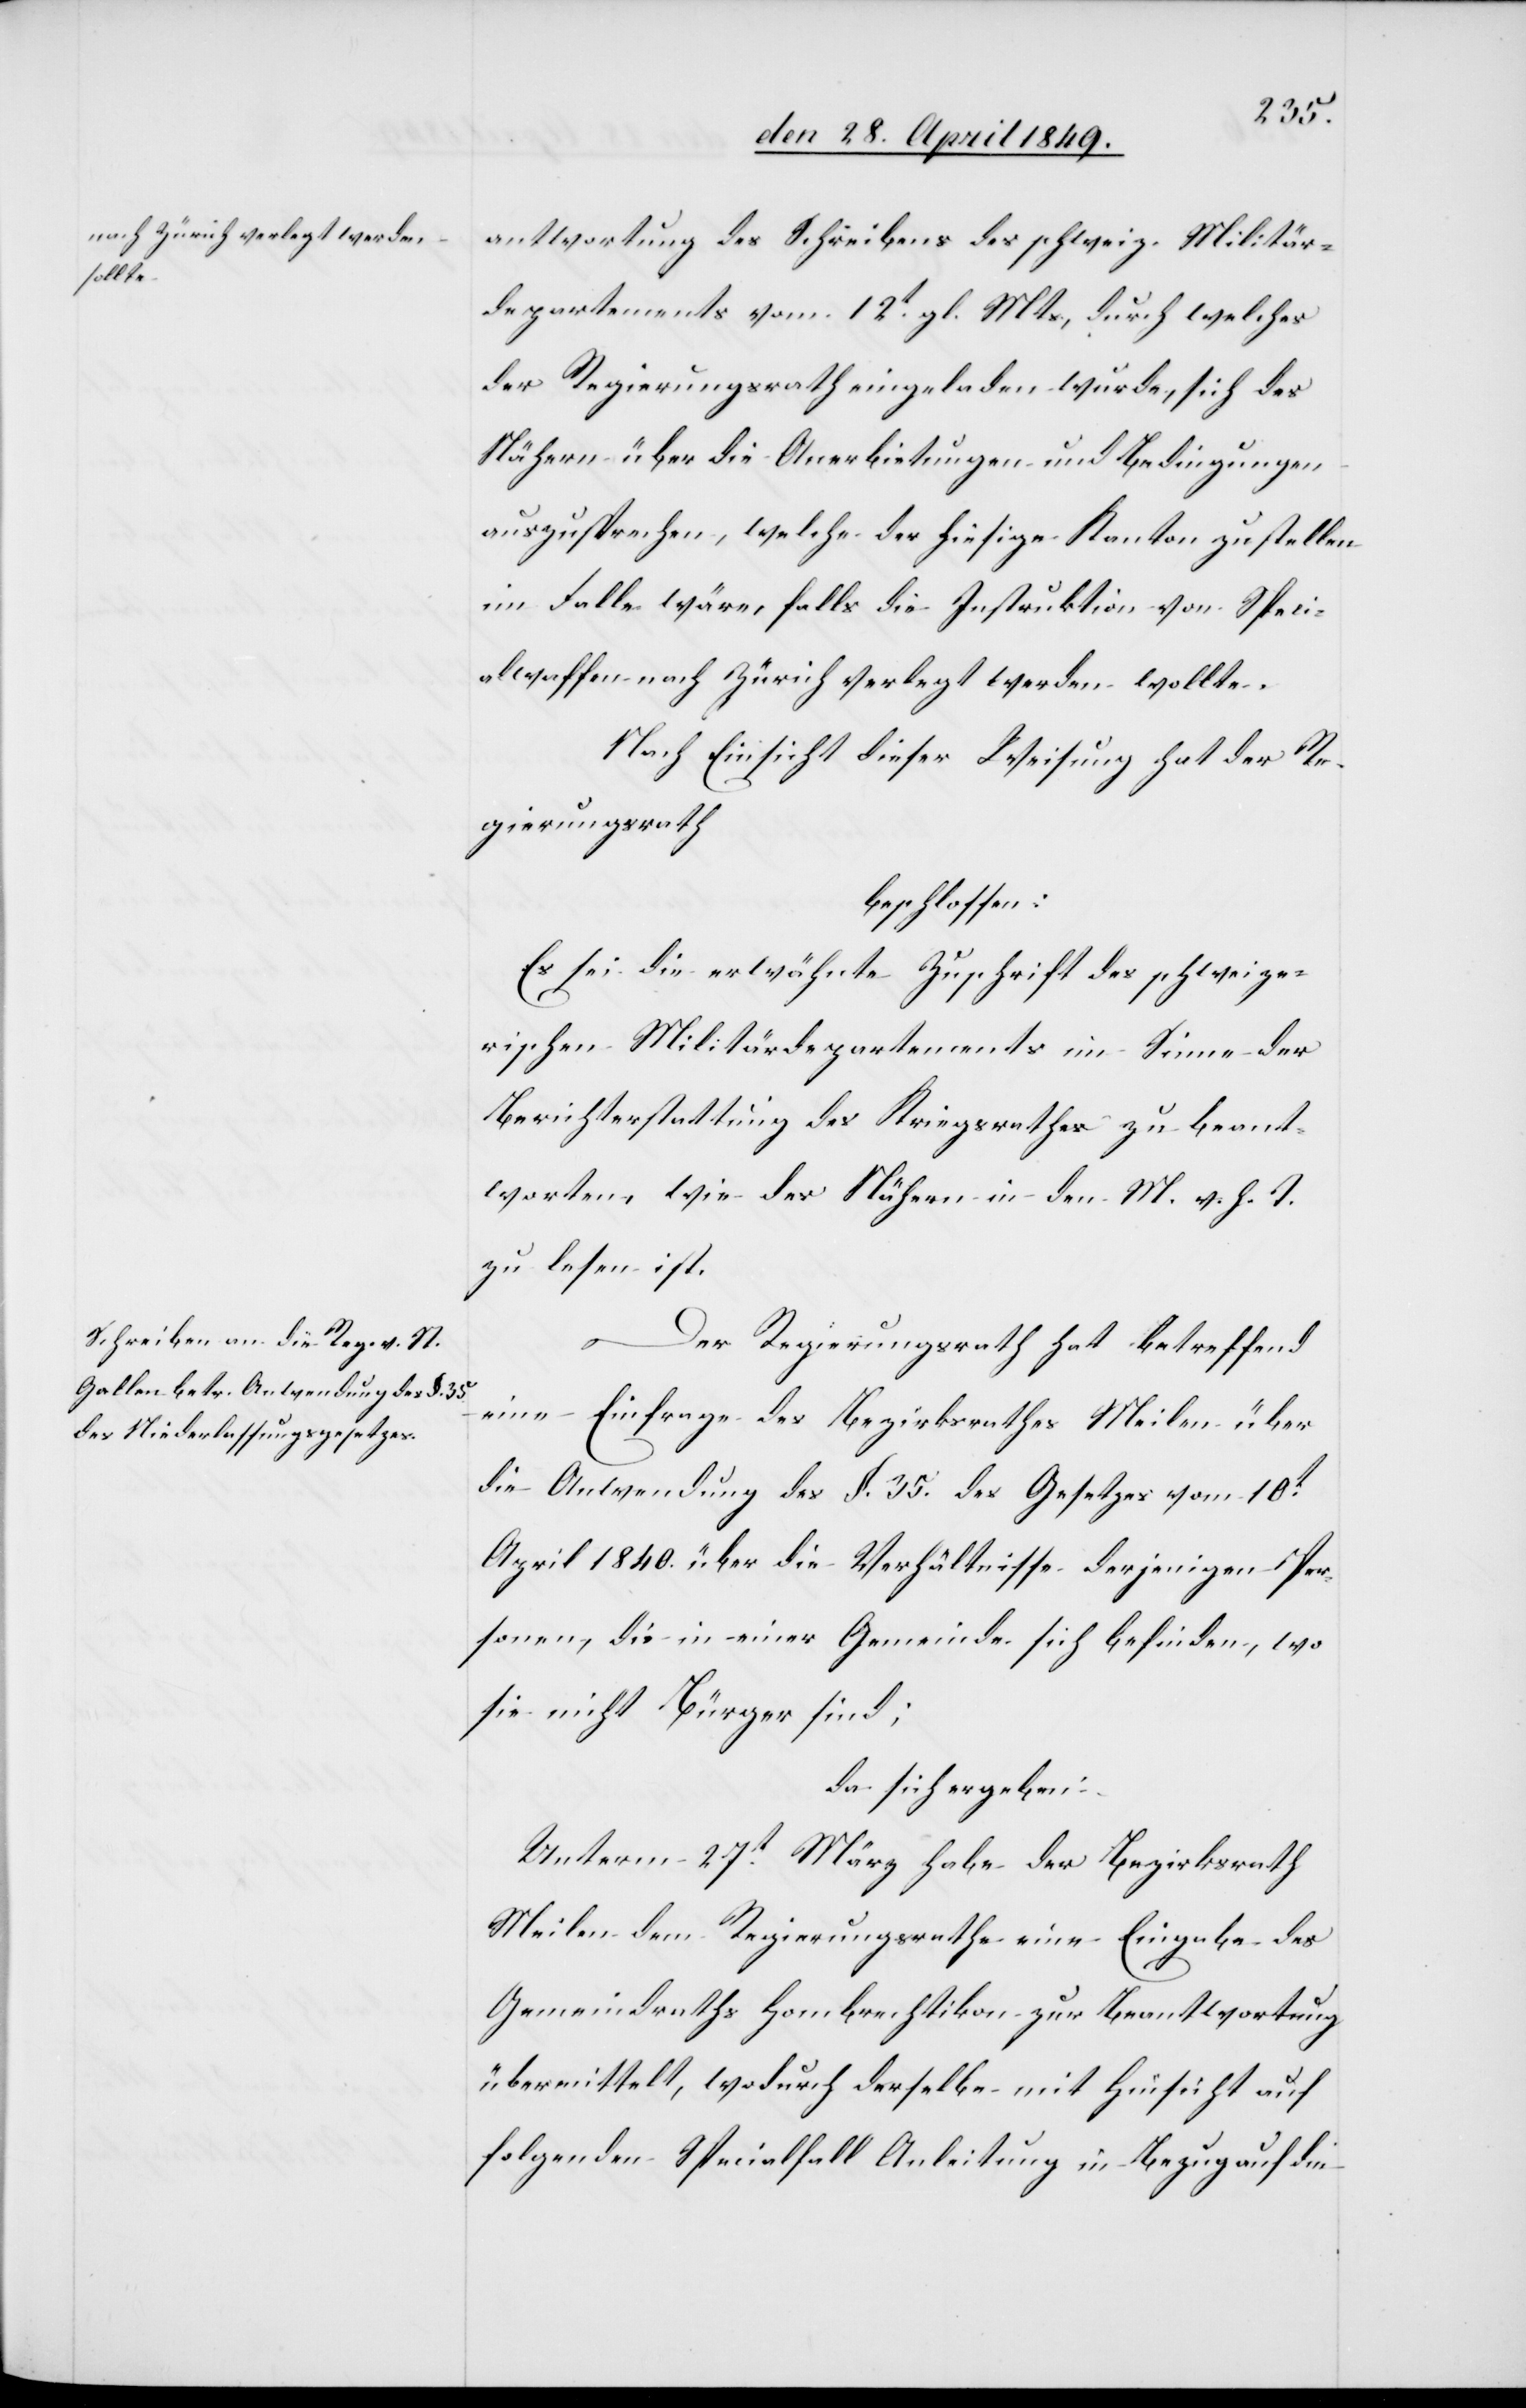
antwortung des Schreibens des schweiz. Militär¬
departements vom 12t gl. Mts, durch welches
der Regierungsrath eingeladen wurde, sich des
Nähern über die Anerbietungen und Bedingungen
auszusprechen, welche der hiesige Kanton zustellen
im Falle wäre, falls die Instruktion von Speci¬
alwaffen nach Zürich verlegt werden wollte.
Nach Einsicht dieser Weisung hat der Re¬
gierungsrath
beschlossen:
Es sei die erwähnte Zuschrift des schweize¬
rischen Militärdepartements im Sinne der
Berichterstattung des Kriegsrathes zu beant¬
worten, wie des Nähern in den M. v. h. T.
zu lesen ist.
Der Regierungsrath hat betreffend
eine Einfrage des Bezirksrathes Meilen über
die Anwendung des §. 35. des Gesetzes vom 10t
April 1840. über die Verhältnisse derjenigen Per¬
sonen, die in einer Gemeinde sich befinden, wo
sie nicht Bürger sind;
da sich ergeben:
Unterm 27t März habe der Bezirksrath
Meilen dem Regierungsrathe eine Eingabe des
Gemeindraths Hombrechtikon zur Beantwortung
übermittelt, wodurch derselben mit Hinsicht auf
folgenden Specialfall Anleitung in Bezug auf die